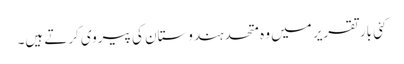
کئی بار تقریر میں وہ متحد ہندوستان کی پیروی کرتے ہیں۔